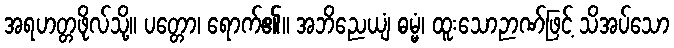
အရဟတ္တဖိုလ်သို့။ ပတ္တော၊ ရောက်၏။ အဘိညေယျံ ဓမ္မံ၊ ထူးသောဉာဏ်ဖြင့် သိအပ်သော